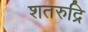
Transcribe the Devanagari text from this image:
शतरुद्रि